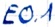
Text: E0.1